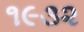
૧૯૩૨